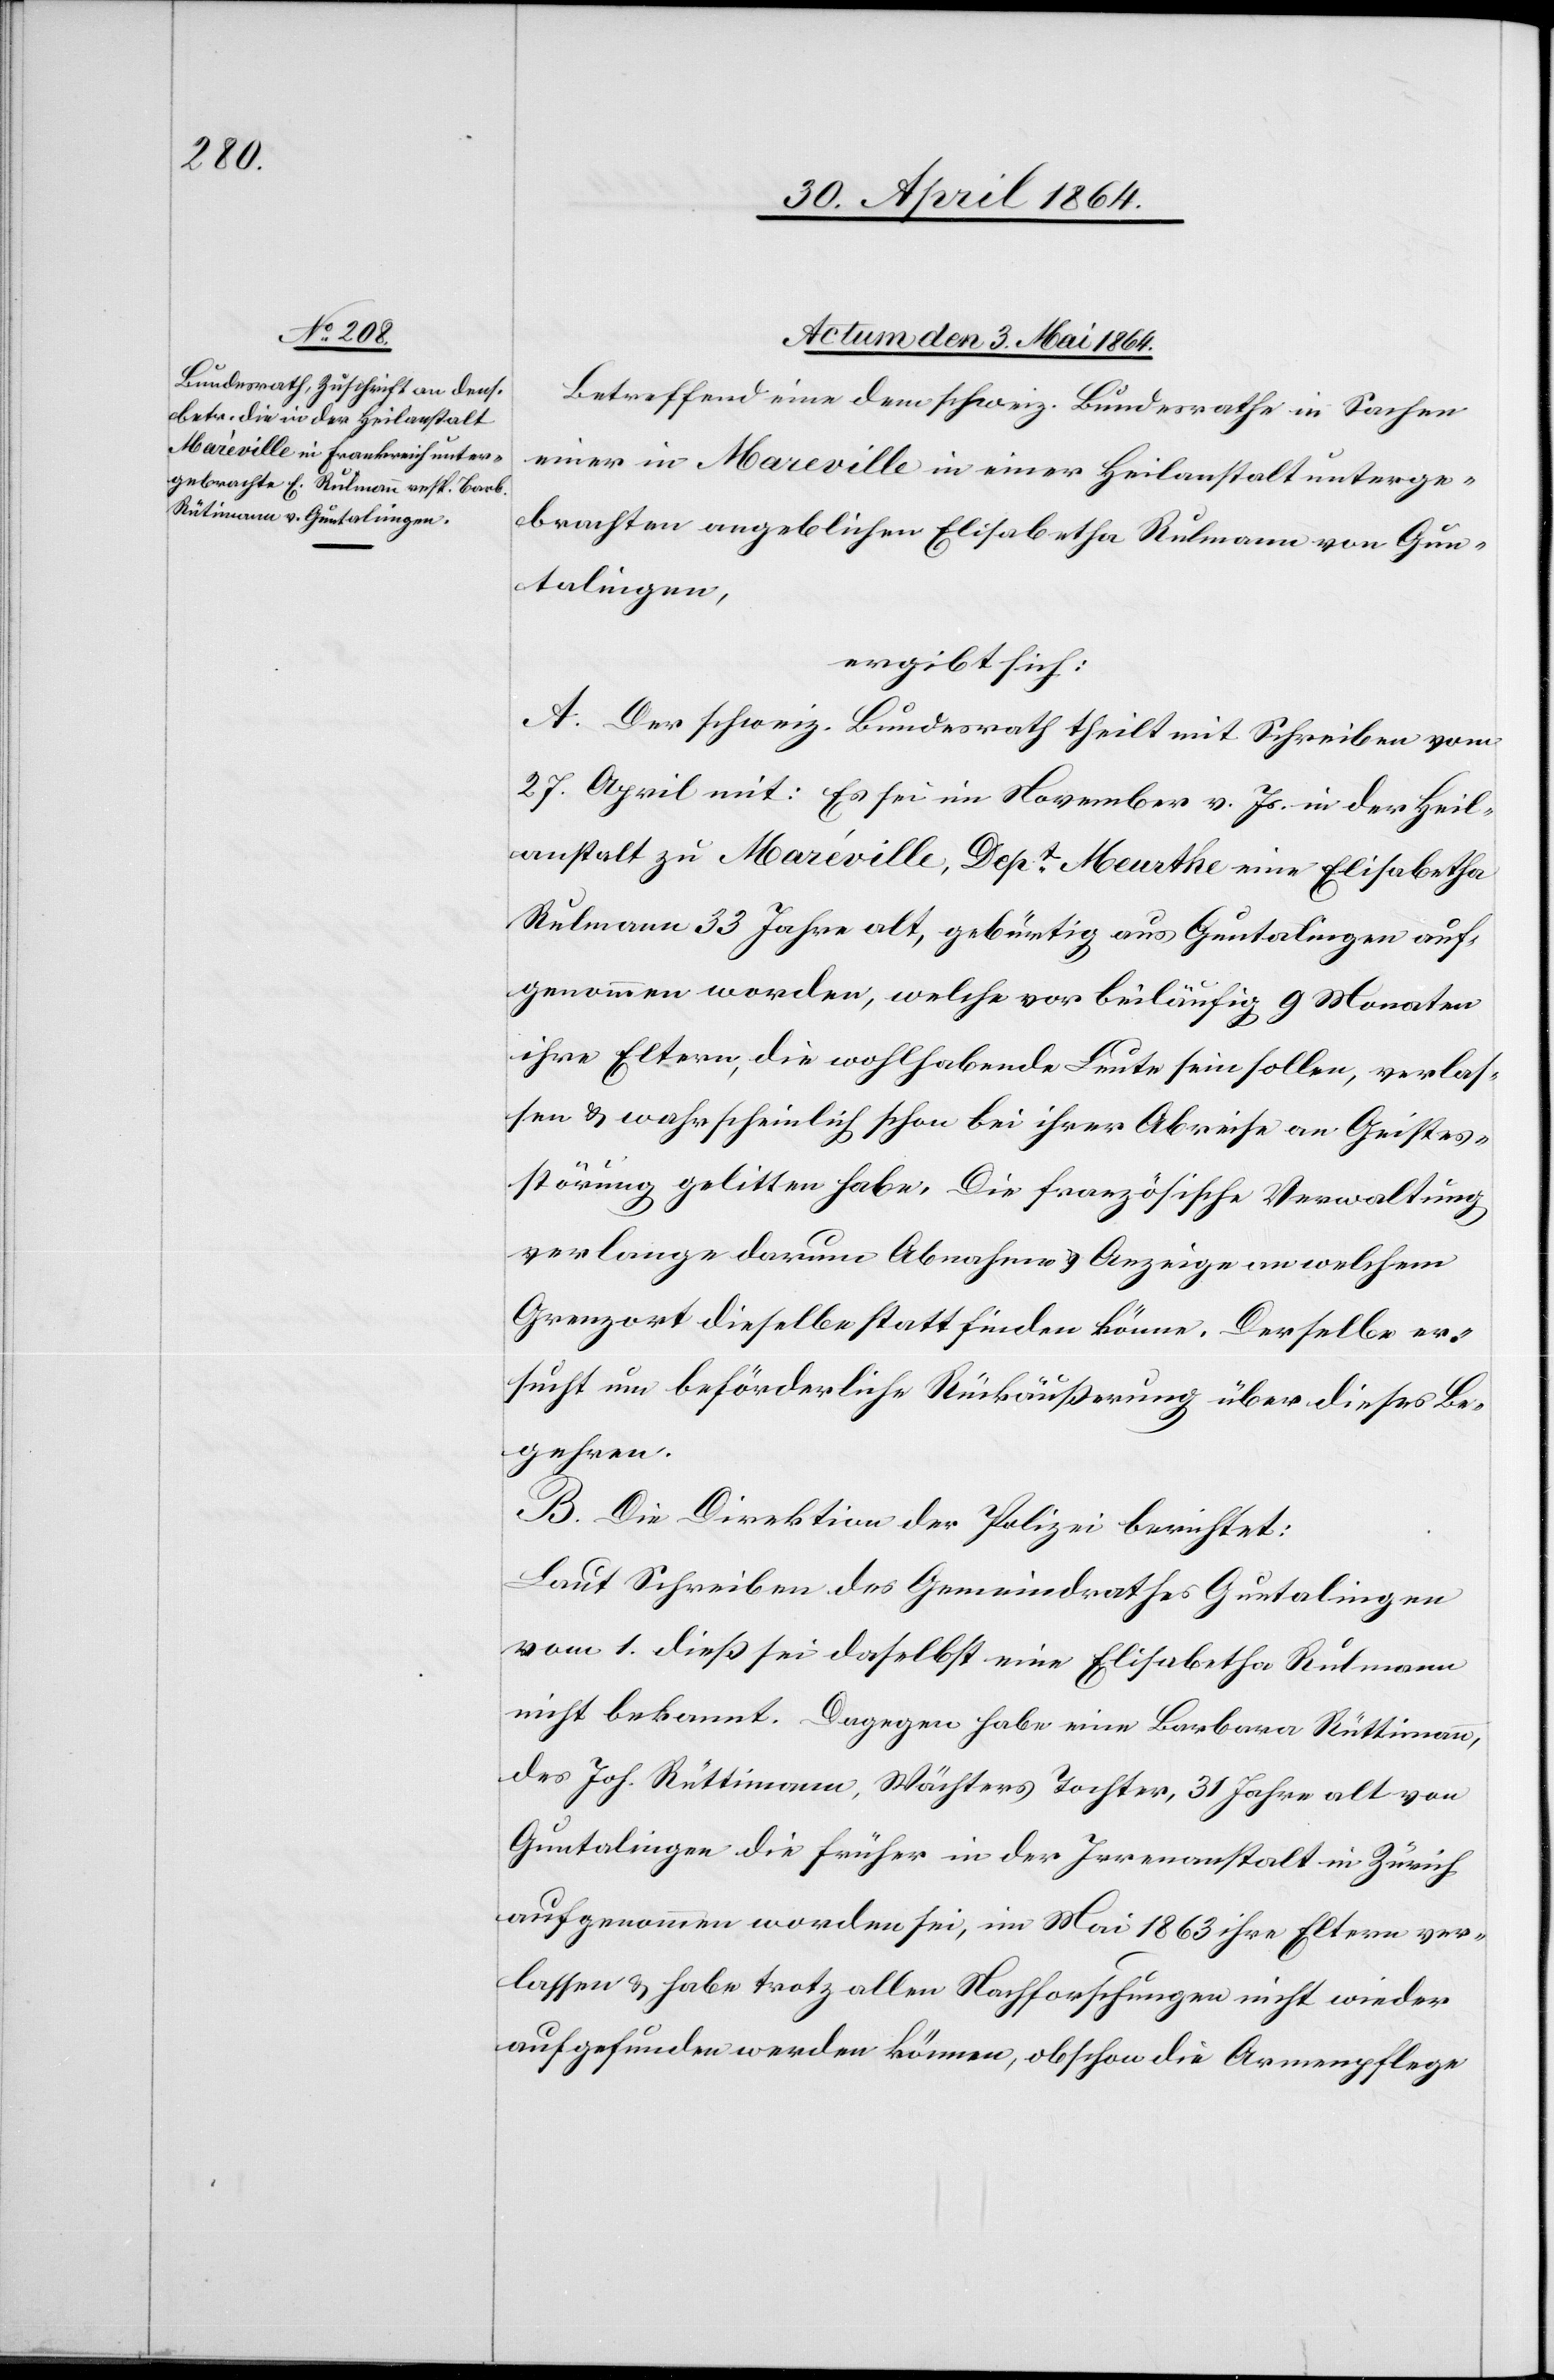
Actum den 3. Mai 1864.
Betreffend eine dem schweiz. Bundesrathe in Sachen
einer in Mareville in einer Heilanstalt unterge¬
brachten angeblichen Elisabetha Rulmann von Gun¬
talingen,
ergibt sich:
A. Der schweiz. Bundesrath theilt mit Schreiben vom
27. April mit: Es sei im November v. Js. in der Heil¬
anstalt zu Maréville, Dept Meurthe eine Elisabetha
Rulmann 33 Jahre alt, gebürtig aus Guntalingen auf¬
genommen worden, welche vor beiläufig 9 Monaten
ihre Eltern, die wohlhabende Leute sein sollen, verlas¬
sen u. wahrscheinlich schon bei ihrer Abreise an Geistes¬
störung gelitten habe. Die französische Verwaltung
verlange darum Abnahme u. Anzeige an welchem
Grenzort dieselbe stattfinden könne. Derselbe er¬
sucht um beförderliche Rückäußerung über dieses Be¬
gehren.
B. Die Direktion der Polizei berichtet:
Laut Schreiben des Gemeindrathes Guntalingen
vom 1. dieß sei daselbst eine Elisabetha Rulmann
nicht bekannt. Dagegen habe eine Barbara Rüttimann,
des Joh. Rüttimann, Wächters Tochter, 31 Jahre alt von
Guntalingen die früher in der Irrenanstalt in Zürich
aufgenommen worden sei, im Mai 1863 ihre Eltern ver¬
lassen u. habe trotz allen Nachforschungen nicht wieder
aufgefunden werden können, obschon die Armenpflege